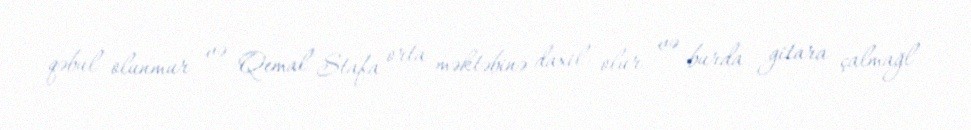
qəbul olunmur və Qemal Stafa orta məktəbinə daxil olur və burda gitara çalmağl